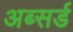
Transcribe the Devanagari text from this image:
अब्सर्ड